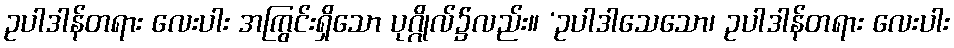
ဥပါဒါန်တရား လေးပါး အကြွင်းရှိသော ပုဂ္ဂိုလ်၌လည်း။ ‘ဥပါဒါသေသော၊ ဥပါဒါန်တရား လေးပါး